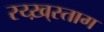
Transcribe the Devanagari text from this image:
रय्ख़्स्ताग